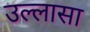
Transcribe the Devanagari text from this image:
उल्लासा